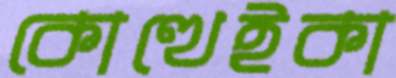
কোত্থেইকা